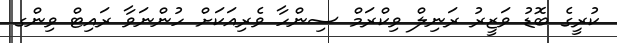
ކުރީގެ ބޮޑު ވަޒީރު ރަނިލް ވިކްރަމް ސިންހާ ވެރިއަކަށް ހުންނަވާ ރައިޓް ވިންގ